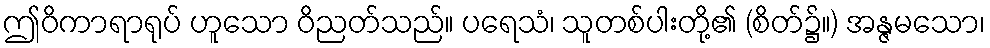
ဤဝိကာရာရုပ် ဟူသော ဝိညတ်သည်။ ပရေသံ၊ သူတစ်ပါးတို့၏ (စိတ်၌။) အန္ဇမသော၊